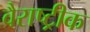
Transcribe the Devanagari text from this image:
वैराष्ट्रीक